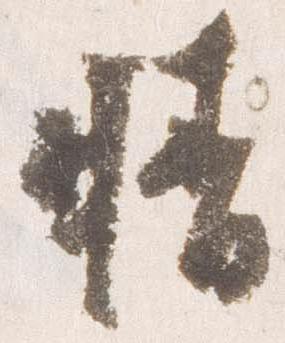
晴